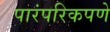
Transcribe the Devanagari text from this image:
पारंपरिकपणे